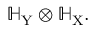
\mathbb { H } _ { \mathrm { Y } } \otimes \mathbb { H } _ { \mathrm { X } } .